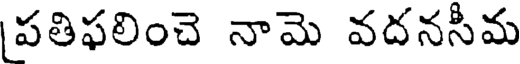
పతిఫలించె నామె వదనసీమ